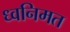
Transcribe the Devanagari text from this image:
ध्वनिमत